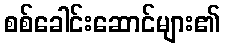
စစ်ခေါင်းဆောင်များ၏